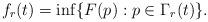
LaTeX: \begin{align*}f_r(t)=\inf\{F(p):p\in\Gamma_r(t)\}.\end{align*}